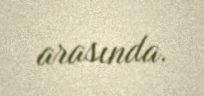
arasında.